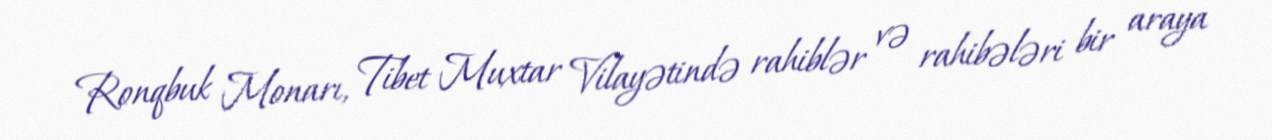
Ronqbuk Monarı, Tibet Muxtar Vilayətində rahiblər və rahibələri bir araya